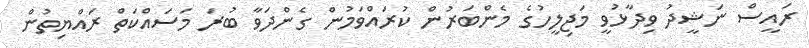
ރައީސް ނަޝީދު ވިދާޅުވީ މަޖިލީހުގެ މެންބަރުން ކުރައްވަމުން ގެންދަވާ ބުރަ މަސައްކަތް ރައްޔިތުން